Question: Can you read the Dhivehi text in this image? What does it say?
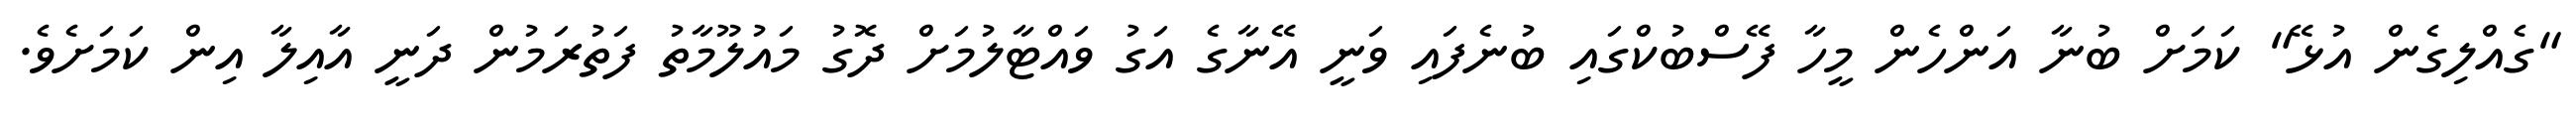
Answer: "ގެއްލިގެން އުޅޭ" ކަމަށް ބުނާ އަންހެން މީހާ ފޭސްބުކްގައި ބުނެފައި ވަނީ އޭނާގެ އަގު ވައްޓާލުމަށް ދޮގު މައުލޫމާތު ފަތުރަމުން ދަނީ އާއިލާ އިން ކަމަށެވެ.